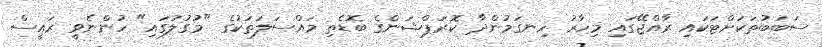
ސަބަބުތަކަށްޓަކައި ރާއްޖޭގައި މިހާރު ހިނގަމުންދާ ކޮރަޕްޝަންގެ ބޮޑެތި މައްސަލަތަކުގެ "މުގުލުގައި" ހުންނެވީ ރައީސް